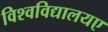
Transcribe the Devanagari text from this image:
विश्वविद्यालयए